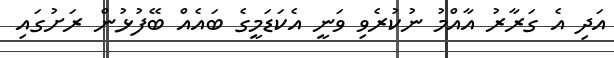
އަދި އެ ގަރާރު އާއްމު ނުކުރެވި ވަނީ އެކަޑަމީގެ ބައެއް ބޭފުޅުން ރަށުގައި